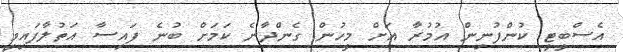
އެސްބީޓީ ކުންފުނިން އުމުރާ އަށް މީހުން ގެންދާނެ ކަމަށް ބުނެ ފައިސާ އަތުލާފައިވީ